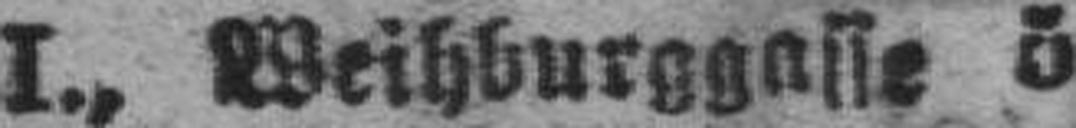
I., Weihburggasse 5